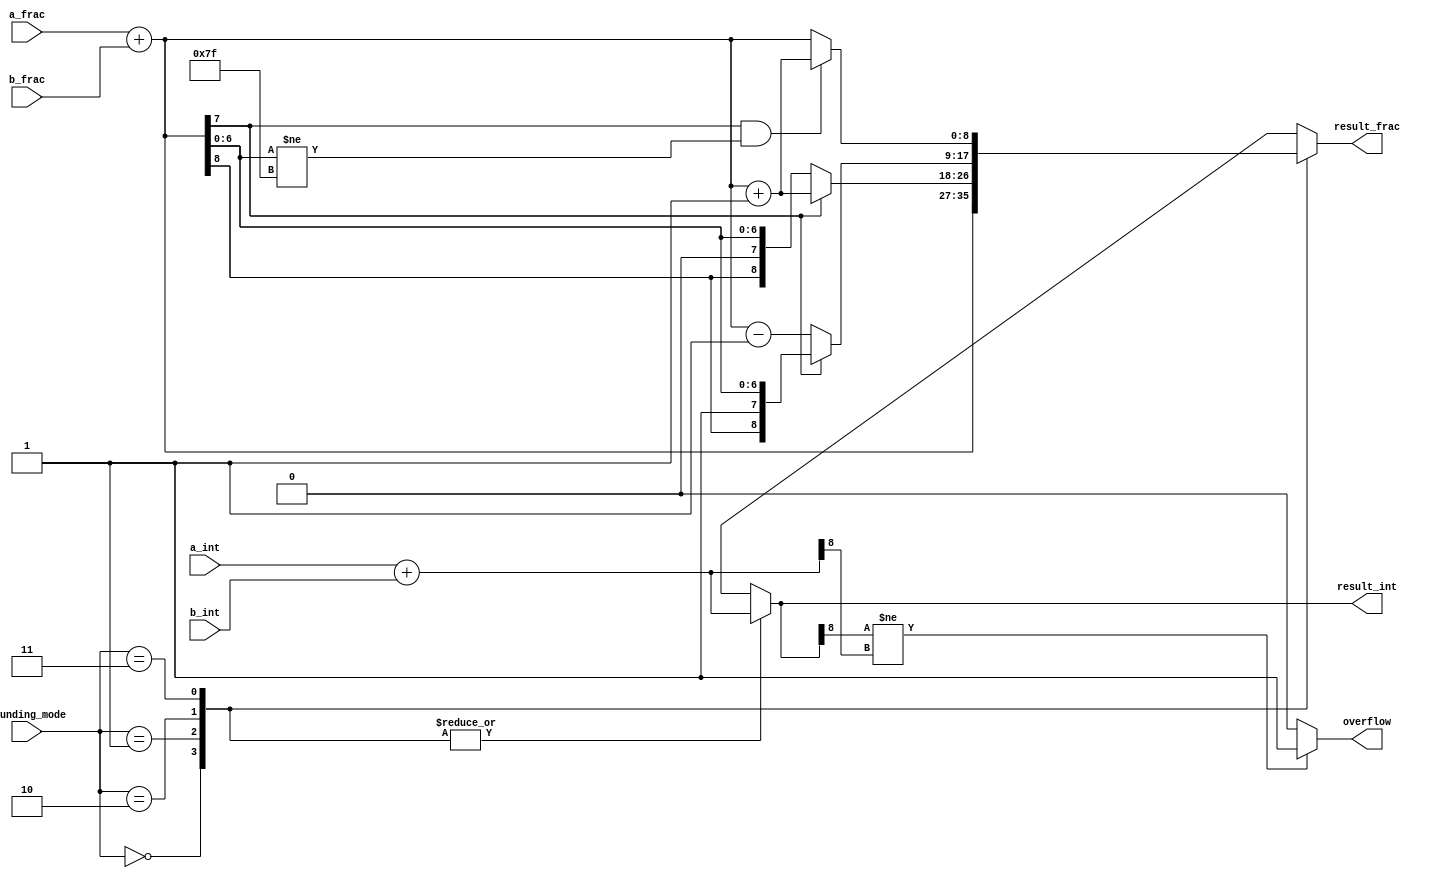
module fixed_point_adder(
     input [7:0] a_int,
     input [7:0] a_frac,
     input [7:0] b_int,
     input [7:0] b_frac,
     input [1:0] rounding_mode,
     output reg [8:0] result_int,
     output reg [8:0] result_frac,
     output reg overflow
);

// Adder module for integer part
reg [8:0] int_sum;
always @* begin
     int_sum = a_int + b_int;
end

// Adder module for fractional part
reg [8:0] frac_sum;
always @* begin
     frac_sum = a_frac + b_frac;
end

// Round the fractional sum based on rounding mode
always @* begin
     case(rounding_mode)
          2'b00: // Round towards zero
               begin
                    result_int = int_sum;
                    result_frac = frac_sum;
               end
          2'b01: // Round towards positive infinity
               begin
                    if(frac_sum[7] == 1)
                         result_frac = frac_sum + 1;
                    else
                         result_frac = frac_sum;
                    
                    result_int = int_sum;
               end
          2'b10: // Round towards negative infinity
               begin
                    if(frac_sum[7] == 1)
                         result_frac = frac_sum;
                    else
                         result_frac = frac_sum - 1;
                    
                    result_int = int_sum;
               end
          2'b11: // Round towards nearest integer
               begin
                    if(frac_sum[7] == 1 && frac_sum[6:0] != 7'b1111111)
                         result_frac = frac_sum + 1;
                    else
                         result_frac = frac_sum;
                    
                    result_int = int_sum;
               end
     endcase
end

// Check for overflow
always @* begin
     overflow = 0;
     if(result_int[8] != int_sum[8])
          overflow = 1;
end

endmodule